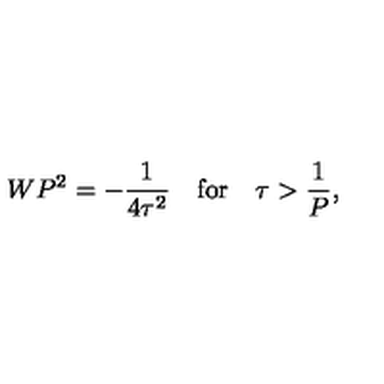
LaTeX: W P ^ { 2 } = - { \frac { 1 } { 4 \tau ^ { 2 } } } \quad \mathrm { f o r } \quad \tau > { \frac { 1 } { P } } , \nonumber